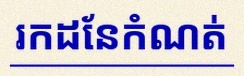
រកដែនកំណត់